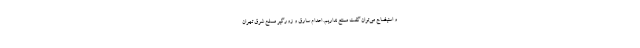
و استیضاح می‌توان گفت ممتنع نداریم. اعدام سارق و زورگیر مسلح شرق تهران